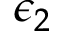
\epsilon _ { 2 }